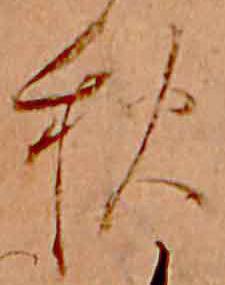
秋